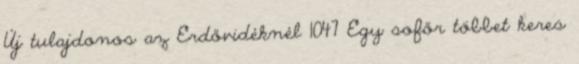
Új tulajdonos az Erdővidéknél 1047 Egy sofőr többet keres